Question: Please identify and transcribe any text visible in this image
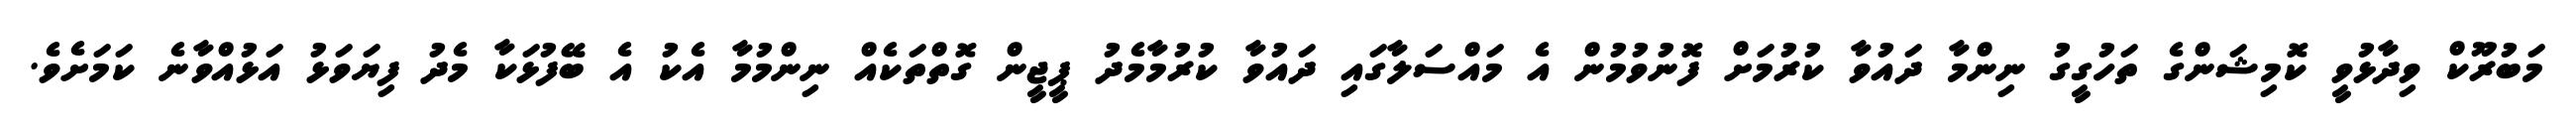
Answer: މަބުރޫކް ވިދާޅުވީ ކޮމިޝަންގެ ތަހުގީގު ނިންމާ ދައުވާ ކުރުމަށް ފޮނުވުމުން އެ މައްސަލާގައި ދައުވާ ކުރުމާމެދު ޕީޖީން ގޮތްތަކެއް ނިންމުމާ އެކު އެ ބޭފުޅަކާ މެދު ފިޔަވަޅު އަޅުއްވާނެ ކަމަށެވެ.